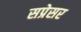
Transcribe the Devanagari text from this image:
सप्रेसर